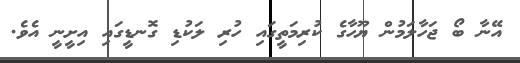
އޭނާ ބޯ ޖަހާލަމުން ޔޫހާގެ ކުރިމަތީގައި ހުރި ލަކުޑި ގޮނޑީގައި އިށީނީ އެވެ.